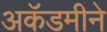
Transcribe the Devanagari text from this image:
अकॅडमीने